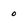
Character: 0